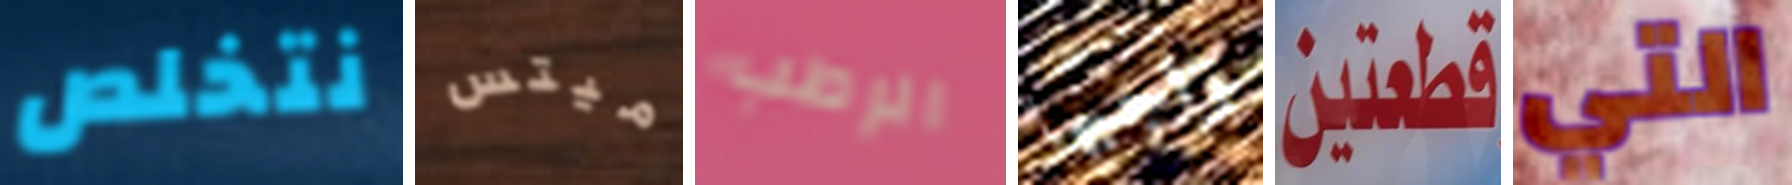
نتخلص ميتس الرطب واجبها قطعتين التي